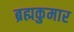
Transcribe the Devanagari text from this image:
ब्रह्मकुमार